画像に写った文字を読んでください
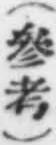
「(參考)」と書いてあります